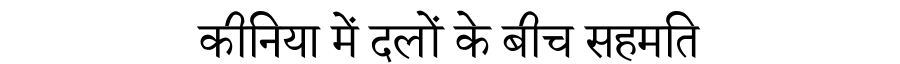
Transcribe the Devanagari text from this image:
कीनिया में दलों के बीच सहमति